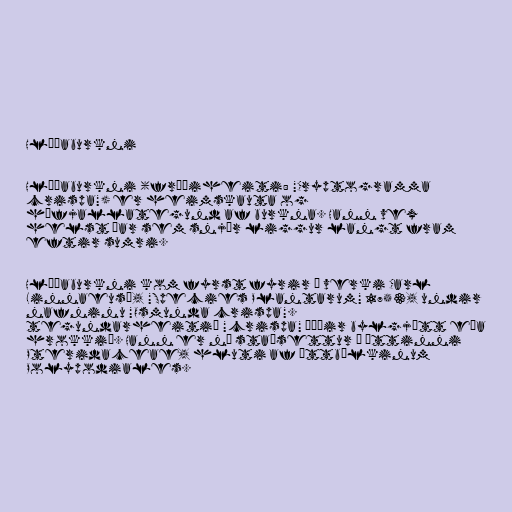
Hlíðaburkni

Hlíðaburkni (fræðiheiti: "Cryptogramma
crispa") er heimskauta og
háfjallategund af burkna. Hann vex
helst þar sem snjór liggur langt fram
eftir sumri.

Hlíðaburkni kom fyrst fyrir í verki Carl
Linnaeus', "Species Plantarum" 1753, undir
nafninu "Osmunda crispa".
tegundarheitið "crispa" þýðir bylgjótt eða
hrokkið. Hann er nú staðsettur í ættinni
Pteridaceae, hluti af ættbálkinum
Polypodiales.